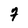
Character: 7